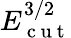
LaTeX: E_{\mathrm{~c~u~t~}}^{3/2}